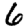
Digit: 6